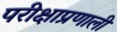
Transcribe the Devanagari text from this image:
परीक्षाप्रणाली